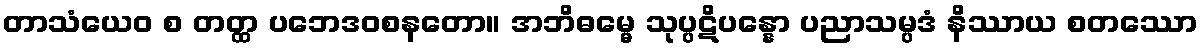
တာသံယေဝ စ တတ္ထ ပဘေဒဝစနတော။ အဘိဓမ္မေ သုပ္ပဋိပန္နော ပညာသမ္ပဒံ နိဿာယ စတဿော